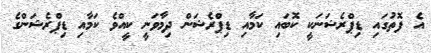
އެ ފޮތުގައި ޑިޕްރެޝަނަކީ ކޮބައި ކަމާއި ޑިޕްރެޝަން ދިމާވަނީ ކީއްވެ ކަމާއި ޑިޕްރެޝަންގެ